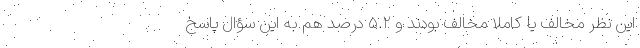
این نظر مخالف یا کاملاً مخالف بودند و ۵.۲ درصد هم به این سؤال پاسخ